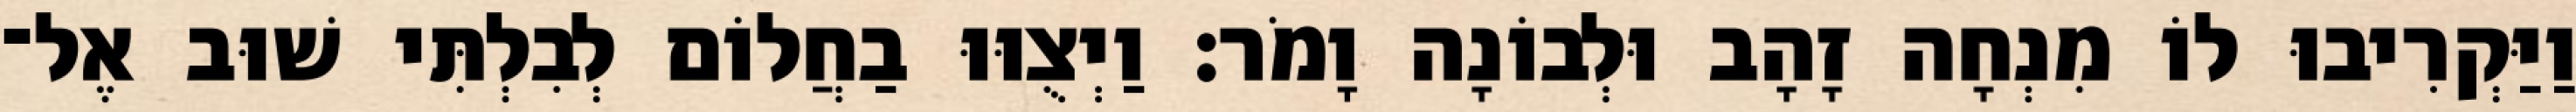
וַיַּקְרִיבוּ לוֹ מִנְחָה זָהָב וּלְבוֹנָה וָמֹר׃ וַיְצֻוּוּ בַחֲלוֹם לְבִלְתִּי שׁוּב אֶל־